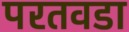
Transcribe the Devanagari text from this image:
परतवडा